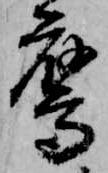
鷹